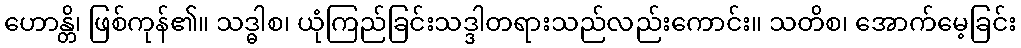
ဟောန္တိ၊ ဖြစ်ကုန်၏။ သဒ္ဓါစ၊ ယုံကြည်ခြင်းသဒ္ဒါတရားသည်လည်းကောင်း။ သတိစ၊ အောက်မေ့ခြင်း